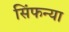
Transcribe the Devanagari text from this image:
सिंफन्या